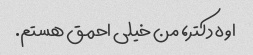
اوه دکتر، من خیلی احمق هستم.